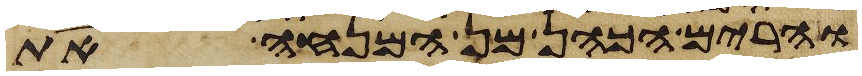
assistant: והרים הכהן מן המנחה את